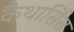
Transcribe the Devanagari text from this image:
कैथार्सिस